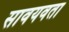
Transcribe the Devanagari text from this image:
सावयवता